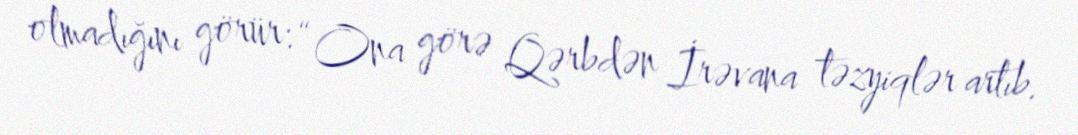
olmadığını görür: “Ona görə Qərbdən İrəvana təzyiqlər artıb.